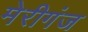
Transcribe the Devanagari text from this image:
मेरीगंज